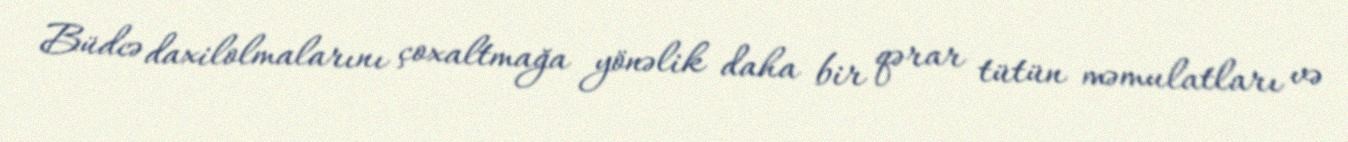
Büdcə daxilolmalarını çoxaltmağa yönəlik daha bir qərar tütün məmulatları və